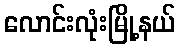
လောင်းလုံးမြို့နယ်